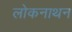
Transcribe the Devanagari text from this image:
लोकनाथन